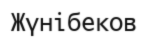
Жүнібеков